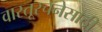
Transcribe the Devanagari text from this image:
वास्तूरचनेसाठी